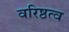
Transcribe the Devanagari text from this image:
वरिष्ठत्व